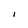
Character: I